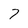
Character: 7